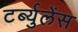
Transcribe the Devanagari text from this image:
टर्ब्युलेंस